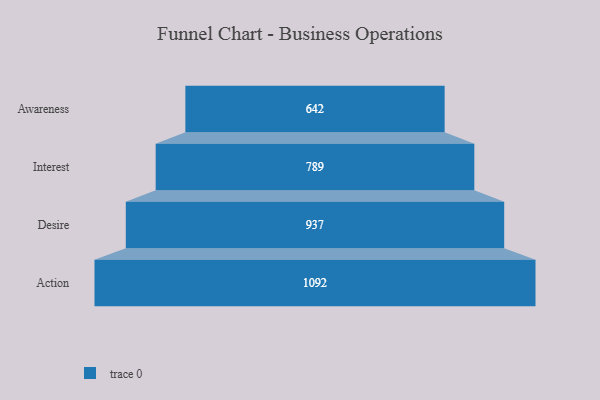
{"axis": {"x": "Stage", "y": "Value"}, "legend": [""], "data": [{"x": "Awareness", "y": 642.0, "type": ""}, {"x": "Interest", "y": 789.0, "type": ""}, {"x": "Desire", "y": 937.0, "type": ""}, {"x": "Action", "y": 1092.0, "type": ""}]}